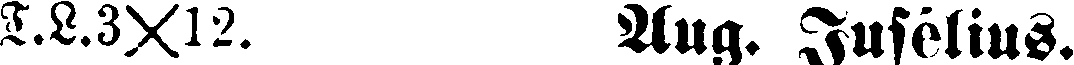
T.L.3✕12 Aug. Jusélius.